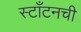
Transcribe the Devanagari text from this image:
स्टाँटनची